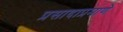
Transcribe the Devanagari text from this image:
प्रसादाप्रमाणे